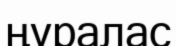
ңұралас